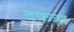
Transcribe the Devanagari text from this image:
दफड़ा